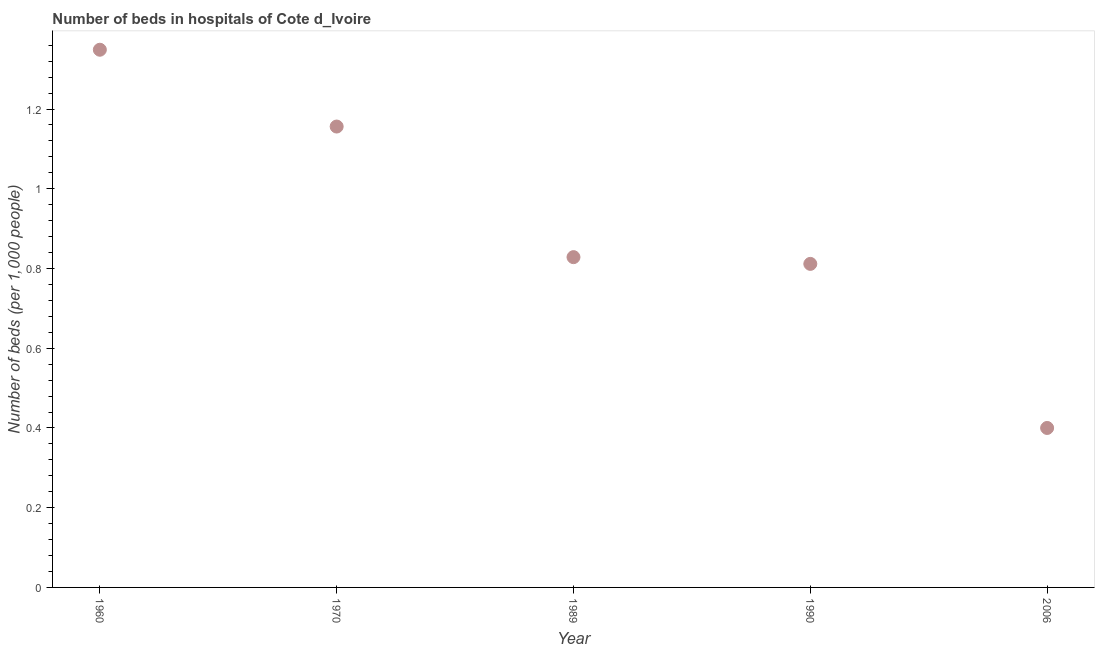
| Year | Hospital beds |
 | --- | --- |
 | 1960 | 1.35 |
 | 1970 | 1.16 |
 | 1989 | 0.828 |
 | 1990 | 0.812 |
 | 2006 | 0.4 |